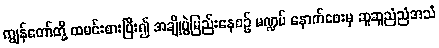
ကျွန်တော်တို့ ထမင်းစားပြီး၍ အချိုပွဲမြည်းနေစဉ် မဏ္ဍပ် နောက်ဖေးမှ ဆူဆူညံညံအသံ